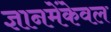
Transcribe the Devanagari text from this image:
ज्ञानमेंकेवल